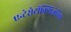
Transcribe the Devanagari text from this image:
एन्टेरोटॉक्सिजेनिक